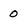
Character: 0